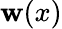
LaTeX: \mathbf{w}(x)